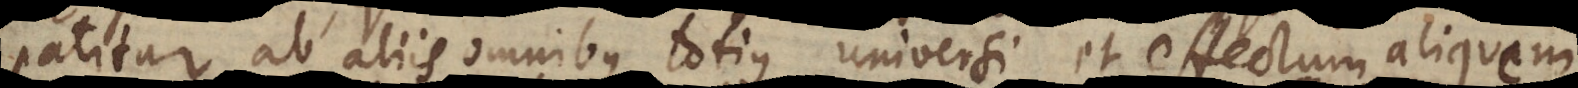
patitur ab aliis omnibus totius universi, et effectum aliquem